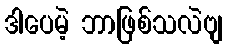
ဒါပေမဲ့ ဘာဖြစ်သလဲဗျ